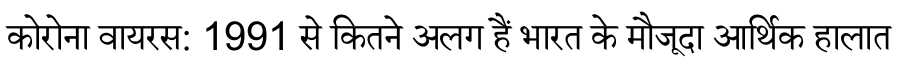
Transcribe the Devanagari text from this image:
कोरोना वायरस: 1991 से कितने अलग हैं भारत के मौजूदा आर्थिक हालात